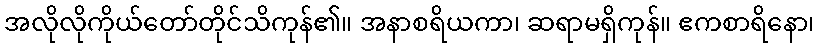
အလိုလိုကိုယ်တော်တိုင်သိကုန်၏။ အနာစရိယကာ၊ ဆရာမရှိကုန်။ ဧကစာရိနော၊